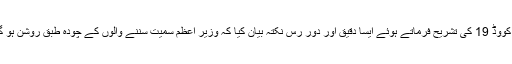
موصوفہ نے کووڈ 19 کی تشریح فرماتے ہوئے ایسا دقیق اور دور رس نکتہ بیان کیا کہ وزیر اعظم سمیت سننے والوں کے چودہ طبق روشن ہو گئے ہوں گے۔